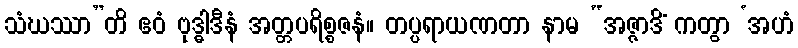
သံဃဿာ”တိ ဧဝံ ဗုဒ္ဓါဒီနံ အတ္တပရိစ္စဇနံ။ တပ္ပရာယဏတာ နာမ “အဇ္ဇာဒိံ ကတွာ ‘အဟံ